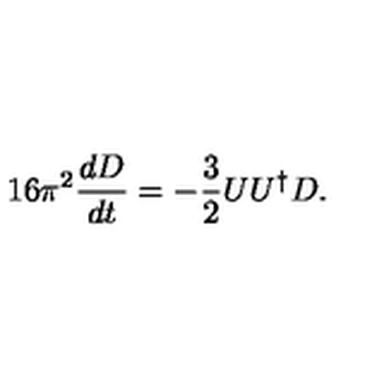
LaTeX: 1 6 \pi ^ { 2 } \frac { d D } { d t } = - \frac { 3 } { 2 } U U ^ { \dagger } D .